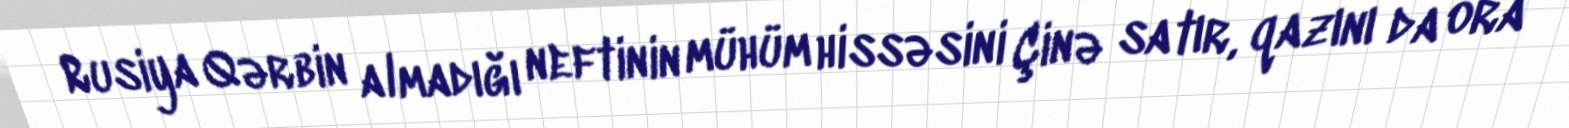
Rusiya Qərbin almadığı neftinin mühüm hissəsini Çinə satır, qazını da ora